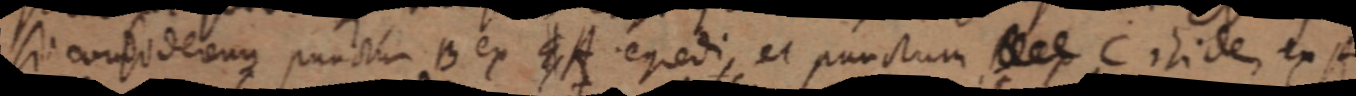
si consideremus punctum B ex EA egredi, et punctum _ C isidem ex A